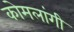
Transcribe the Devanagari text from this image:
कोमलांगी